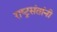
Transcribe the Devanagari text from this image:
राष्ट्रसंतांनी